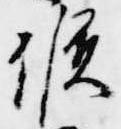
候